Scottish Education Department, 1929
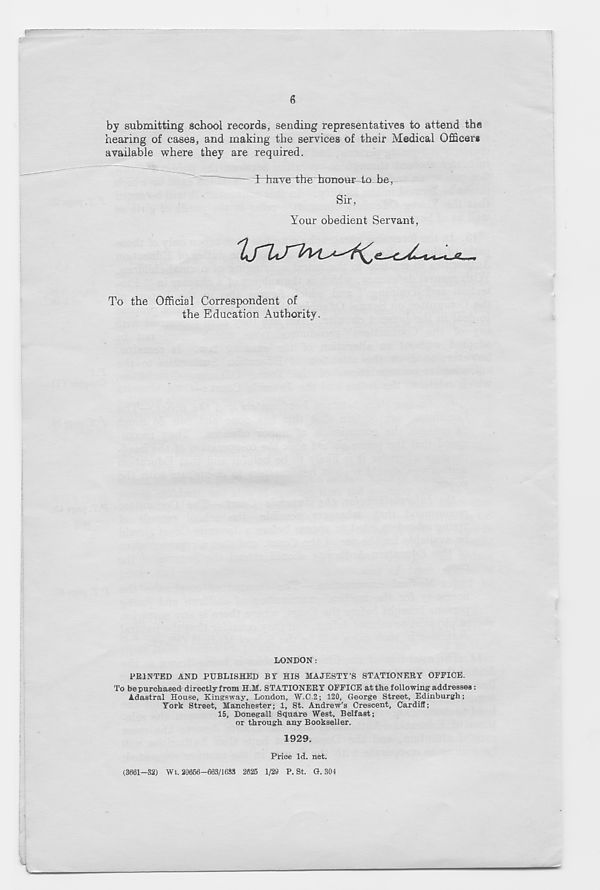
6
by submitting school records, sending representatives to attend the
hearing of cases, and making the services of their Medical Officer*
available where they are required.
- I have "the honour to be T
Sir,
Your obedient Servant,
To the Official Correspondent of
the Education Authority.
LONDON:
PRINTED AND PUBLISHED BY HIS MAJESTY’S STATIONERY OFFICE.
To be purchased directly from H.M. STATIONERY OFFICE atthe following addresses :
Adastral House, Kingsway, London, W.C.2; 120, George Street, Edinburgh;
York Street, Manchester; 1, St. Andrew’s Crescent, Cardiff;
15, Donegall Square West, Belfast;
or through any Bookseller.
1929.
Price Id. net.
(3661—32) Wt. 20656-603/1683 2626 1/29 P. St. G. 301